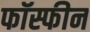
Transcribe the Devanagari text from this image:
फॉस्फीन